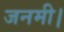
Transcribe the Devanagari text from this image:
जनमी।